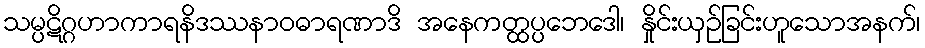
သမ္ပဋိဂ္ဂဟာကာရနိဒဿနာဝဓာရဏာဒိ အနေကတ္ထပ္ပဘေဒေါ၊ နှိုင်းယှဉ်ခြင်းဟူသောအနက်၊